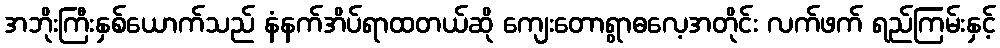
အဘိုးကြီးနှစ်ယောက်သည် နံနက်အိပ်ရာထတယ်ဆို ကျေးတောရွာဓလေ့အတိုင်း လက်ဖက် ရည်ကြမ်းနှင့်